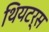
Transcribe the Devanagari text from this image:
थियटर्स